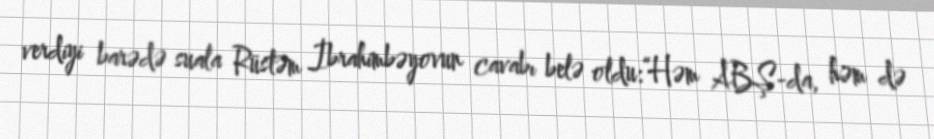
verdiyi barədə suala Rüstəm İbrahimbəyovun cavabı belə oldu:“Həm ABŞ-da, həm də